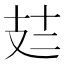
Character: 𪯆